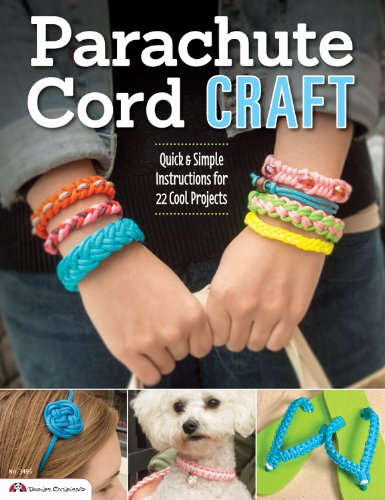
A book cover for Design Originals-Parachute Cord Craft; Pepperell Company; Crafts, Hobbies & Home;